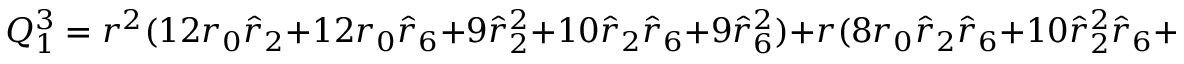
Q _ { 1 } ^ { 3 } = r ^ { 2 } ( 1 2 r _ { 0 } \hat { r } _ { 2 } + 1 2 r _ { 0 } \hat { r } _ { 6 } + 9 \hat { r } _ { 2 } ^ { 2 } + 1 0 \hat { r } _ { 2 } \hat { r } _ { 6 } + 9 \hat { r } _ { 6 } ^ { 2 } ) + r ( 8 r _ { 0 } \hat { r } _ { 2 } \hat { r } _ { 6 } + 1 0 \hat { r } _ { 2 } ^ { 2 } \hat { r } _ { 6 } + 6 \hat { r } _ { 2 } \hat { r } _ { 6 } ^ { 2 } ) - 4 r _ { 0 } \hat { r } _ { 2 } ^ { 2 } \hat { r } _ { 6 } ,